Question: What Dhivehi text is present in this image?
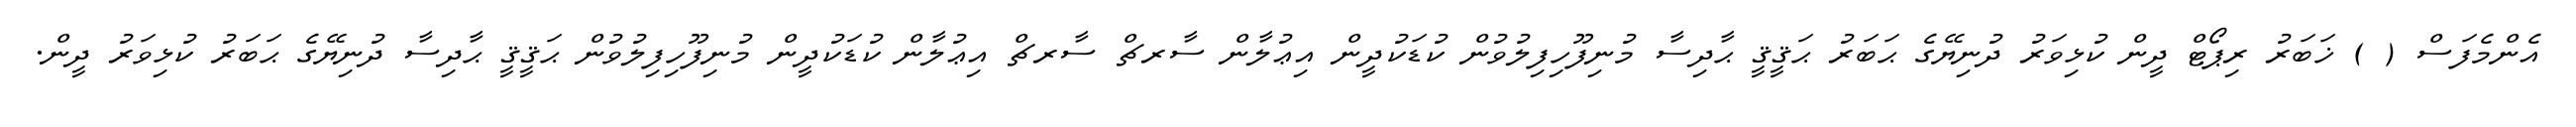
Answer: އެންމެފަސް ( ) ޚަބަރު ރިޕޯޓް ދީން ކުޅިވަރު ދުނިޔޭގެ ޙަބަރު ޙަޤީޤީ ޙާދިސާ މުނިފޫހިފިލުވުން ކުޑަކުދީން އިޢުލާން ސާރޗް ސާރޗް އިޢުލާން ކުޑަކުދީން މުނިފޫހިފިލުވުން ޙަޤީޤީ ޙާދިސާ ދުނިޔޭގެ ޙަބަރު ކުޅިވަރު ދީން.